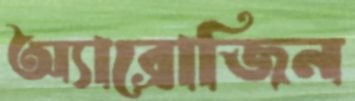
অ্যাব্রোজিন